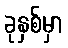
ခုနှစ်မှာ